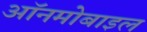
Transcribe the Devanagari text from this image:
ऑनमोबाइल